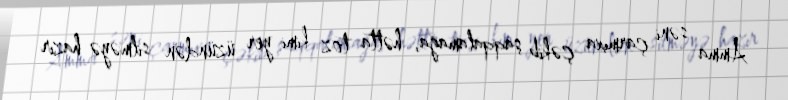
Amma səni çarmıxa çəkib şaqqalamağa, hətta toz kimi yer üzündən silməyə hazır